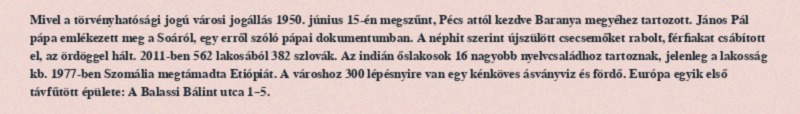
Mivel a törvényhatósági jogú városi jogállás 1950. június 15-én megszűnt, Pécs attól kezdve Baranya megyéhez tartozott. János Pál pápa emlékezett meg a Soáról, egy erről szóló pápai dokumentumban. A néphit szerint újszülött csecsemőket rabolt, férfiakat csábított el, az ördöggel hált. 2011-ben 562 lakosából 382 szlovák. Az indián őslakosok 16 nagyobb nyelvcsaládhoz tartoznak, jelenleg a lakosság kb. 1977-ben Szomália megtámadta Etiópiát. A városhoz 300 lépésnyire van egy kénköves ásványviz és fördő. Európa egyik első távfűtött épülete: A Balassi Bálint utca 1–5.